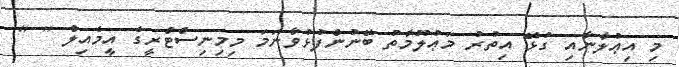
މި އިޢުލާނާއި ގުޅޭ އިތުރު މަޢުލޫމާތު ބޭނުންފުޅުވާނަމަ މިމިނިސްޓްރީގެ އީމެއިލް [ ]